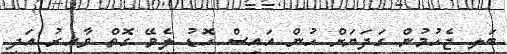
ބަލި ޖެހުމުން ގަދަޔަށް ހުން އައިސް ހޮޑު ލެވޭ ގޮތް ވާއިރު އަދި